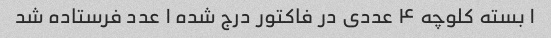
۱ بسته کلوچه ۴ عددی در فاکتور درج شده ۱ عدد فرستاده شد